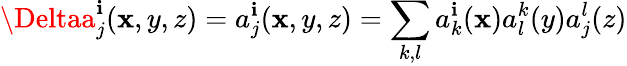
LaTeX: \Deltaa_{j}^{\mathbf{i}}(\mathbf{x},y,z)=a_{j}^{\mathbf{i}}(\mathbf{x},y,z)=\sum_{k,l}a_{k}^{\mathbf{i}}(\mathbf{x})a_{l}^{k}(y)a_{j}^{l}(z)